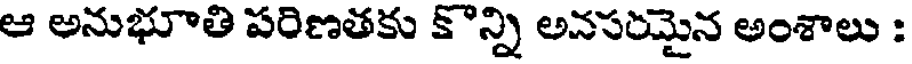
ఆ అనుభూతి పరిణతకు కొన్ని అనసరమైన అంశాలు :